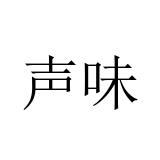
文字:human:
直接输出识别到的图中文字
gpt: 声味